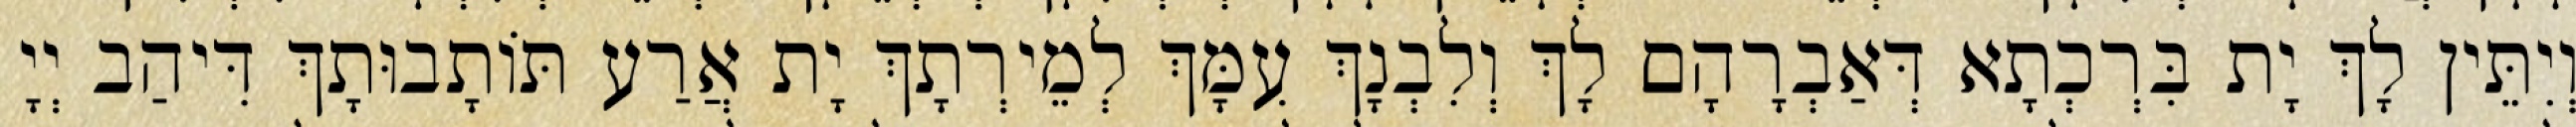
וְיִתֵּין לָךְ יָת בִּרְכְתָא דְּאַבְרָהָם לָךְ וְלִבְנָךְ עִמָּךְ לְמֵירְתָךְ יָת אֲרַע תּוֹתָבוּתָךְ דִּיהַב יְיָ